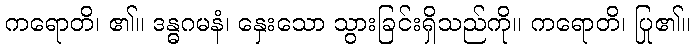
ကရောတိ၊ ၏။ ဒန္ဓဂမနံ၊ နှေးသော သွားခြင်းရှိသည်ကို။ ကရောတိ၊ ပြု၏။